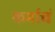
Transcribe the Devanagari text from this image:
कर्माचं